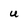
Character: U